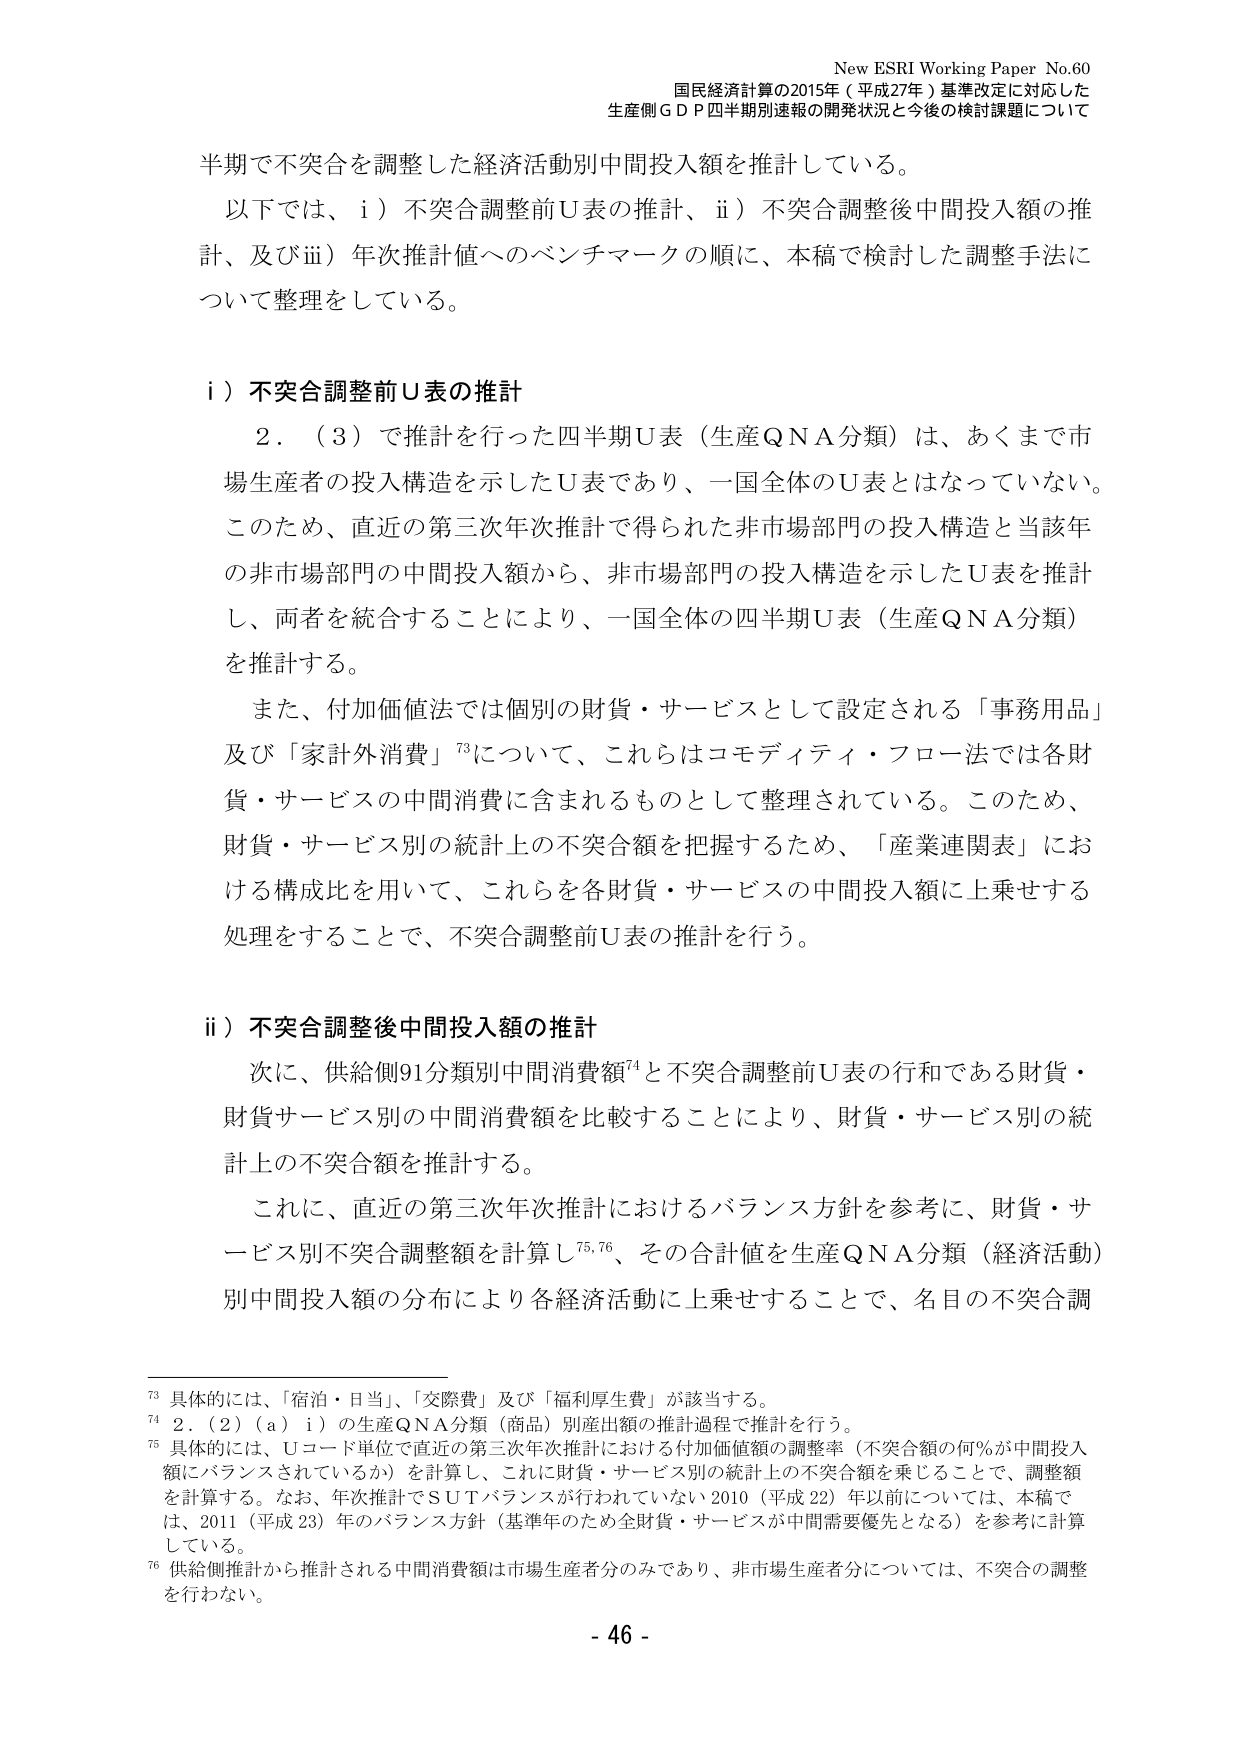
New ESRI Working Paper No.60
国民経済計算の2015年（平成27年）基準改定に対応した
生産側ＧＤＰ四半期別速報の開発状況と今後の検討課題について

半期で不突合を調整した経済活動別中間投入額を推計している。
以下では、ⅰ）不突合調整前Ｕ表の推計、ⅱ）不突合調整後中間投入額の推計、及びⅲ）年次推計値へのベンチマークの順に、本稿で検討した調整手法について整理をしている。

ⅰ）不突合調整前Ｕ表の推計
　２．（３）で推計を行った四半期Ｕ表（生産ＱＮＡ分類）は、あくまで市場生産者の投入構造を示したＵ表であり、一国全体のＵ表とはなっていない。このため、直近の第三次年次推計で得られた非市場部門の投入構造と当該年の非市場部門の中間投入額から、非市場部門の投入構造を示したＵ表を推計し、両者を統合することにより、一国全体の四半期Ｕ表（生産ＱＮＡ分類）を推計する。
　また、付加価値法では個別の財貨・サービスとして設定される「事務用品」及び「家計外消費」⁷³について、これらはコモディティ・フロー法では各財貨・サービスの中間消費に含まれるものとして整理されている。このため、財貨・サービス別の統計上の不突合額を把握するため、「産業連関表」における構成比を用いて、これらを各財貨・サービスの中間投入額に上乗せする処理をすることで、不突合調整前Ｕ表の推計を行う。

ⅱ）不突合調整後中間投入額の推計
　次に、供給側91分類別中間消費額⁷⁴と不突合調整前Ｕ表の行和である財貨・財貨サービス別の中間消費額を比較することにより、財貨・サービス別の統計上の不突合額を推計する。
　これに、直近の第三次年次推計におけるバランス方針を参考に、財貨・サービス別不突合調整額を計算し⁷⁵,⁷⁶、その合計値を生産ＱＮＡ分類（経済活動）別中間投入額の分布により各経済活動に上乗せすることで、名目の不突合調

⁷³ 具体的には、「宿泊・日当」、「交際費」及び「福利厚生費」が該当する。
⁷⁴ ２．（２）（ａ）ⅰ）の生産ＱＮＡ分類（商品）別産出額の推計過程で推計を行う。
⁷⁵ 具体的には、Ｕコード単位で直近の第三次年次推計における付加価値額の調整率（不突合額の何％が中間投入額にバランスされているか）を計算し、これに財貨・サービス別の統計上の不突合額を乗じることで、調整額を計算する。なお、年次推計でＳＵＴバランスが行われていない2010（平成22）年以前については、本稿では、2011（平成23）年のバランス方針（基準年のため全財貨・サービスが中間需要優先となる）を参考に計算している。
⁷⁶ 供給側推計から推計される中間消費額は市場生産者分のみであり、非市場生産者分については、不突合の調整を行わない。

- 46 -